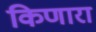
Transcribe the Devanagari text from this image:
किणारा